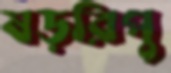
ষড়রিপু